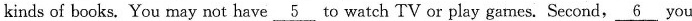
kinds of books. You may not have \underline{5} to watch TV or play games. Second, \underline{6} you